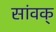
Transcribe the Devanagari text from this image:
सांवक्